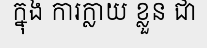
ក្នុង ការក្លាយ ខ្លួន ជា